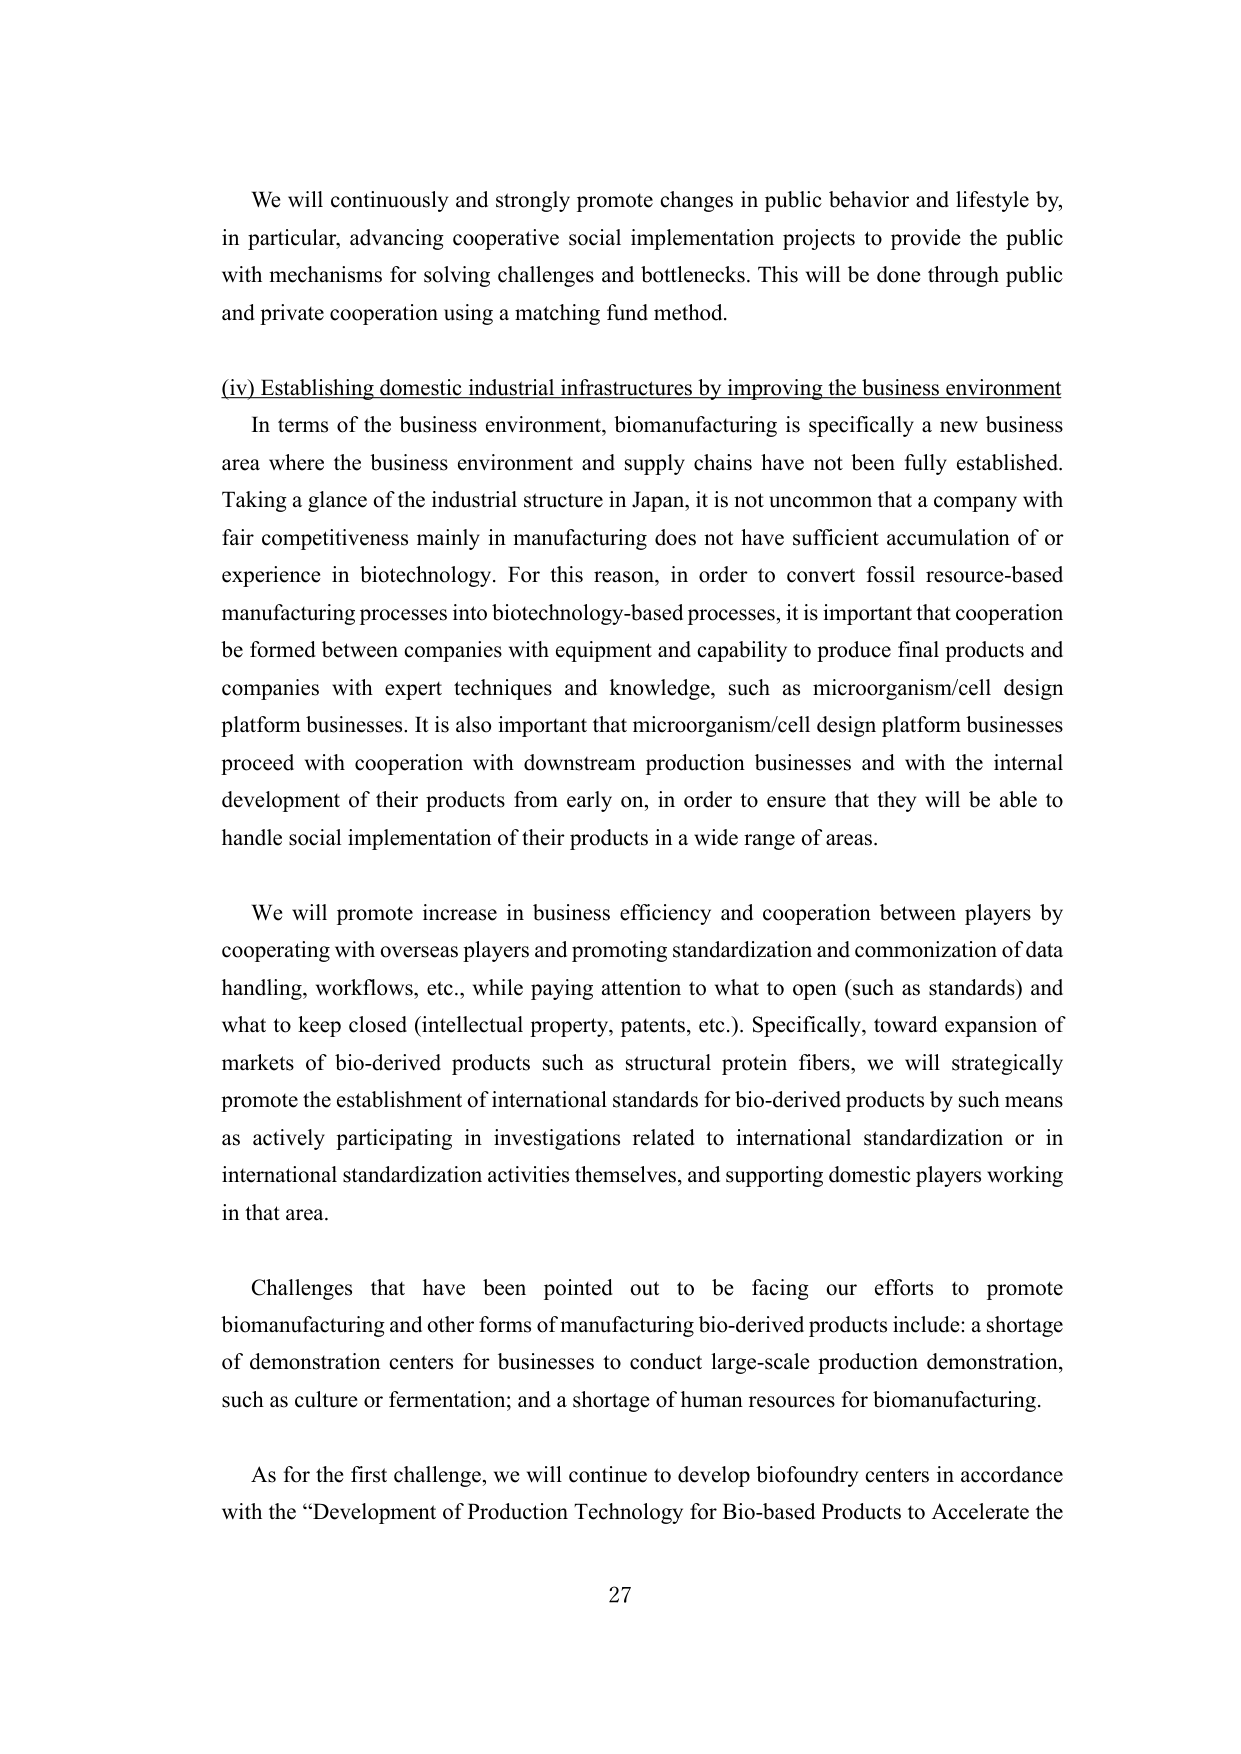
We will continuously and strongly promote changes in public behavior and lifestyle by, in particular, advancing cooperative social implementation projects to provide the public with mechanisms for solving challenges and bottlenecks. This will be done through public and private cooperation using a matching fund method.

(iv) Establishing domestic industrial infrastructures by improving the business environment

In terms of the business environment, biomanufacturing is specifically a new business area where the business environment and supply chains have not been fully established. Taking a glance of the industrial structure in Japan, it is not uncommon that a company with fair competitiveness mainly in manufacturing does not have sufficient accumulation of or experience in biotechnology. For this reason, in order to convert fossil resource-based manufacturing processes into biotechnology-based processes, it is important that cooperation be formed between companies with equipment and capability to produce final products and companies with expert techniques and knowledge, such as microorganism/cell design platform businesses. It is also important that microorganism/cell design platform businesses proceed with cooperation with downstream production businesses and with the internal development of their products from early on, in order to ensure that they will be able to handle social implementation of their products in a wide range of areas.

We will promote increase in business efficiency and cooperation between players by cooperating with overseas players and promoting standardization and commonization of data handling, workflows, etc., while paying attention to what to open (such as standards) and what to keep closed (intellectual property, patents, etc.). Specifically, toward expansion of markets of bio-derived products such as structural protein fibers, we will strategically promote the establishment of international standards for bio-derived products by such means as actively participating in investigations related to international standardization or in international standardization activities themselves, and supporting domestic players working in that area.

Challenges that have been pointed out to be facing our efforts to promote biomanufacturing and other forms of manufacturing bio-derived products include: a shortage of demonstration centers for businesses to conduct large-scale production demonstration, such as culture or fermentation; and a shortage of human resources for biomanufacturing.

As for the first challenge, we will continue to develop biofoundry centers in accordance with the “Development of Production Technology for Bio-based Products to Accelerate the

27